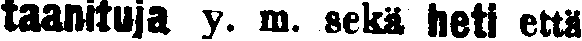
taanituja y. m. sekä heti että